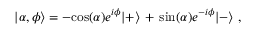
| \alpha , \phi \rangle = - \mathrm { c o s } ( \alpha ) e ^ { i \phi } | + \rangle \, + \, \mathrm { s i n } ( \alpha ) e ^ { - i \phi } | - \rangle \, \, ,